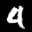
Label: 4